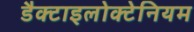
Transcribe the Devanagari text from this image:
डैक्टाइलोक्टेनियम